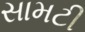
સામટી